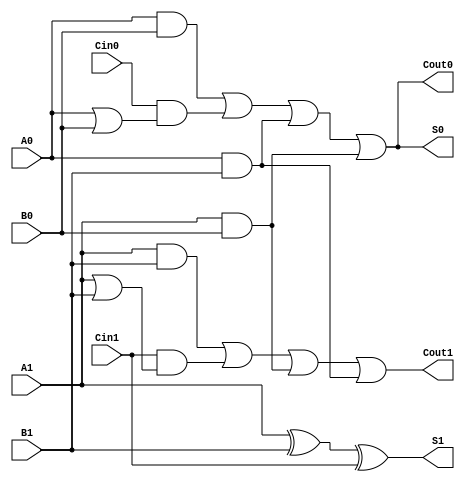
module dual_rail_full_adder (
    input  wire A1, A0,    // Dual-rail representation of input A
    input  wire B1, B0,    // Dual-rail representation of input B
    input  wire Cin1, Cin0, // Dual-rail representation of carry-in
    output wire S1, S0,    // Dual-rail representation of sum output S
    output wire Cout1, Cout0 // Dual-rail representation of carry-out Cout
);
    
    // Intermediate signals for the key logic operations
    wire A_valid = (A1 & ~A0) | (~A1 & A0); // Valid states for A
    wire B_valid = (B1 & ~B0) | (~B1 & B0); // Valid states for B
    wire Cin_valid = (Cin1 & ~Cin0) | (~Cin1 & Cin0); // Valid states for Cin

    // Calculate Sum Outputs
    assign S1 = A1 ^ B1 ^ Cin1; // S1 = A1 XOR B1 XOR Cin1
    assign S0 = (A0 & B0) | (Cin0 & (A0 | B0)) | (A0 & B1) | (A1 & B0); // S0 computation

    // Calculate Carry Outputs
    assign Cout1 = (A1 & B1) | (Cin1 & (A1 | B1)) | (A1 & B0) | (A0 & B1); // Cout1 computation
    assign Cout0 = (A0 & B0) | (Cin0 & (A0 | B0)) | (A0 & B1) | (A1 & B0); // Cout0 computation
    
    // Handle invalid states
    // Here, you can optionally add logic to set outputs to a specific value on invalid states
    // or ensure that invalid outputs are not latched in any flip-flop in higher level designs.

endmodule